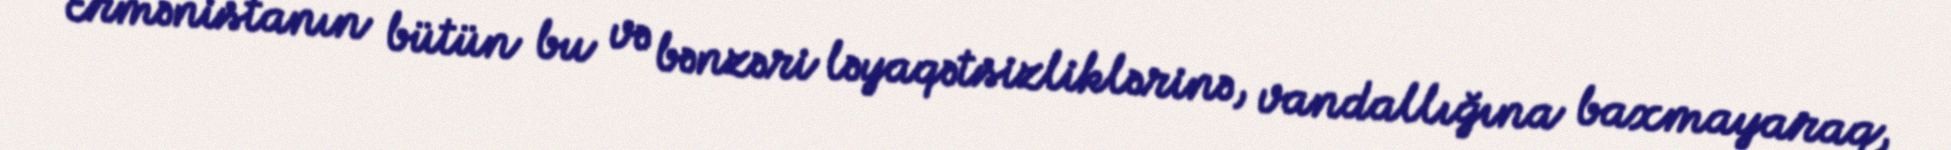
Ermənistanın bütün bu və bənzəri ləyaqətsizliklərinə, vandallığına baxmayaraq,